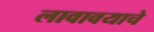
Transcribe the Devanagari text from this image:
लावावयाचे